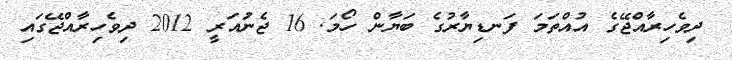
ދިވެހިރާއްޖޭގެ އުއްތަމަ ފަނޑިޔާރުގެ ބަޔާން ހޯމަ